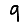
Digit: 9